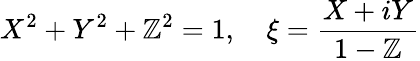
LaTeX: X^{2}+Y^{2}+\mathbb{Z}^{2}=1,\quad\xi={\frac{{X+iY}}{{1-\mathbb{Z}}}}